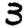
Digit: 3